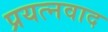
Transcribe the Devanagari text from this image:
प्रयत्नवाद